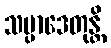
သမ္ပာဒေတုန္တိ